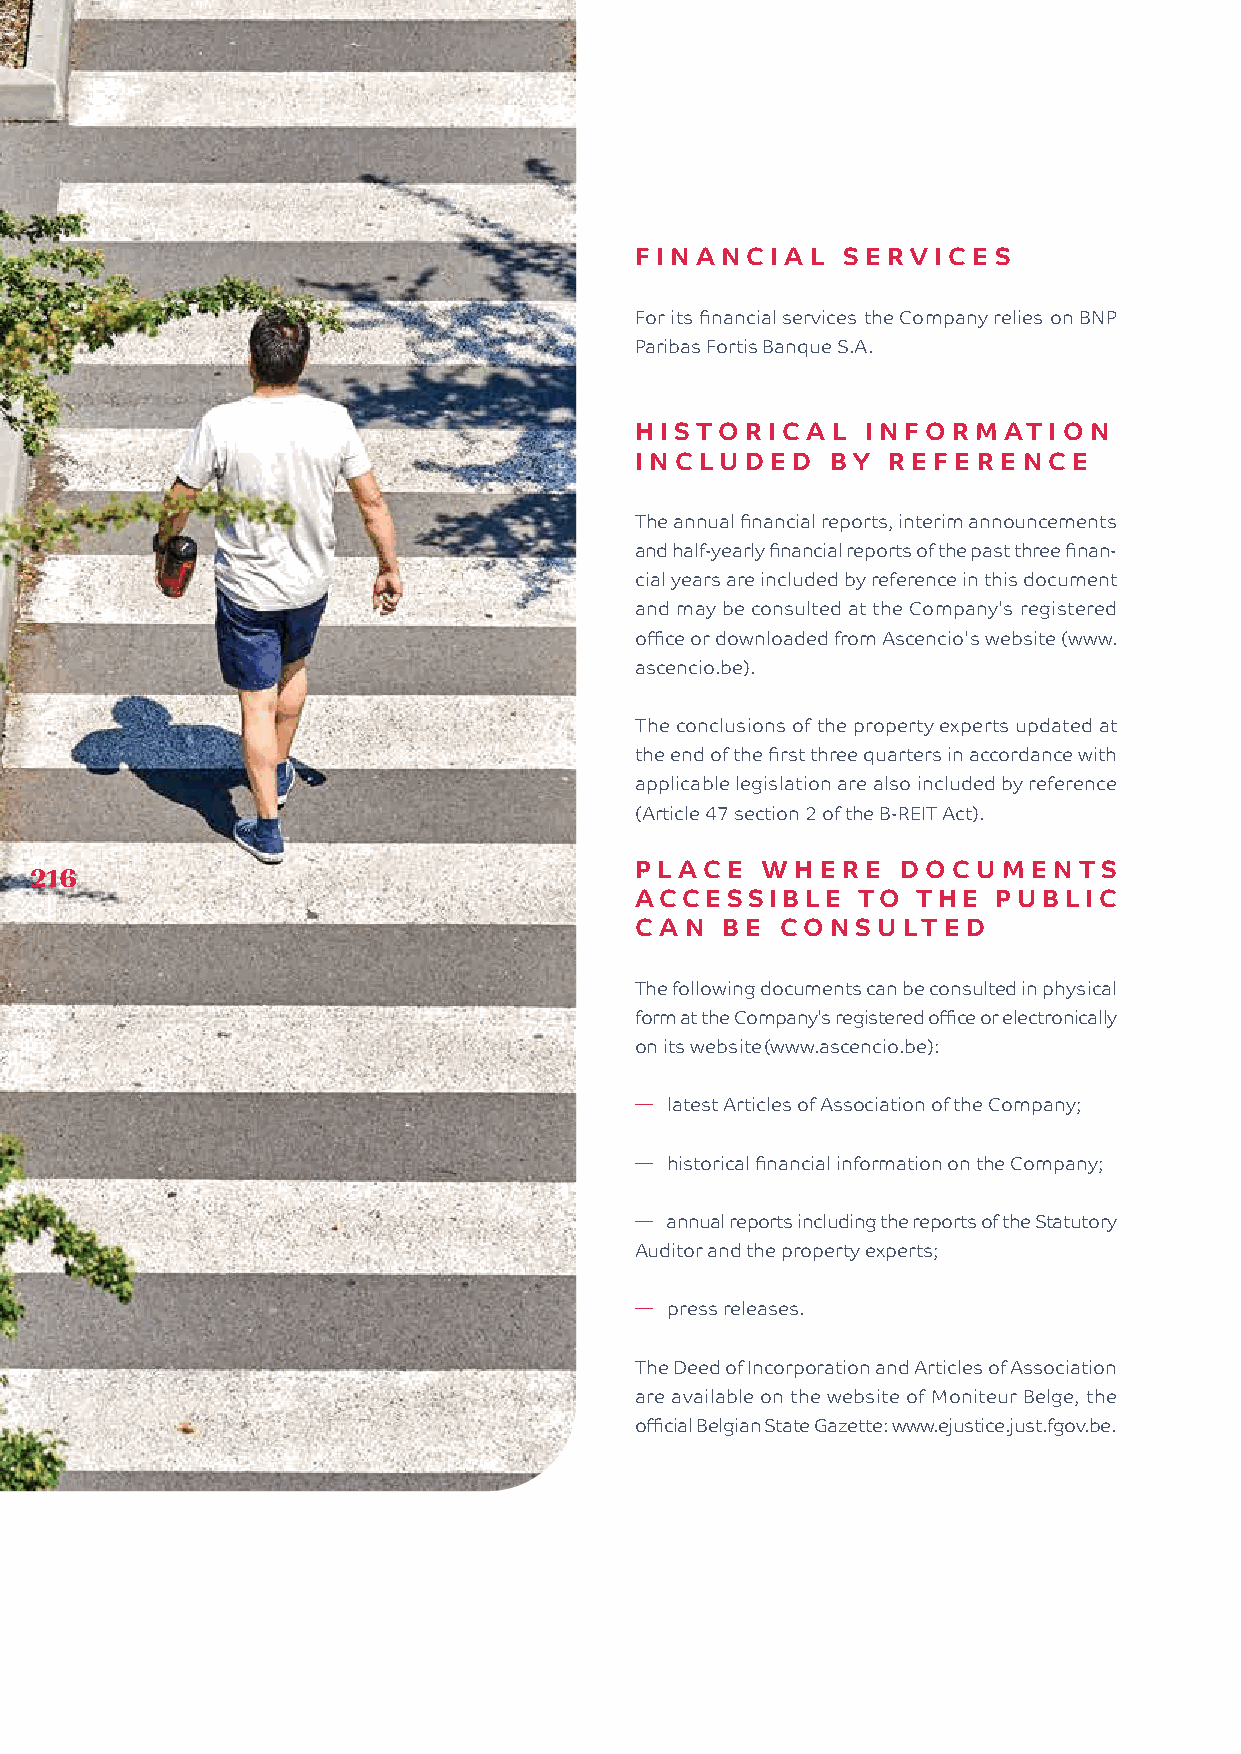
FI NANC  I AL SERVI  CES
 For its financial services the Company relies on BNP
 Paribas Fortis Banque S.A.
 HISTO  RI C AL I NFO RMATI  ON
 INC LUDED    BY  REF ERENC   E
 The annual financial reports, interim announcements
 and half-yearly financial reports of the past three finan-
 cial years are included by reference in this document
 and may be consulted at the Company's registered
 office or downloaded from Ascencio's website (www.
 ascencio.be).
 The conclusions of the property experts updated at
 the end of the first three quarters in accordance with
 applicable legislation are also included by reference
 (Article 47 section 2 of the B-REIT Act).
 216                                     PL ACE  WHERE     DOCUMENTS
 ACCESSIBLE     TO  THE  PUBLIC
 C AN  BE  CO NSULTED
 The following documents can be consulted in physical
 form at the Company's registered office or electronically
 on its website (www.ascencio.be):
 � latest Articles of Association of the Company;
 � historical financial information on the Company;
 � annual reports including the reports of the Statutory
 Auditor and the property experts;
 � press releases.
 The Deed of Incorporation and Articles of Association
 are available on the website of Moniteur Belge, the
 official Belgian State Gazette: www.ejustice.just.fgov.be.